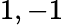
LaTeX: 1,-1